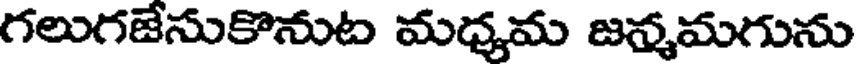
గలుగజేసుకొనుట మధ్యమ జన్మమగును